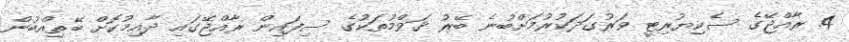
4. ރާއްޖޭގެ ސެކިޔުރިޓީ ވަރުގަދަކުުރުމަށްބުނެ ބޭރު ޤަވްމުތަކުގެ ސިފައިން ރާއްޖޭގައި ދާއިމުކޮށް ބޭތިއްބުން